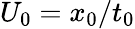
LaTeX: U_{0}=x_{0}/t_{0}